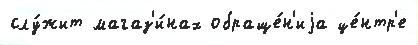
слу́жит магаз'и́нах обраще́н'иjа це́нтр'е